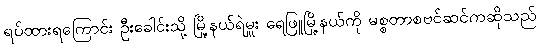
ရပ်ထားရကြောင်း ဦးခေါင်းသို့ မြို့နယ်ရဲမှူး ရေဖြူမြို့နယ်ကို မစ္စတာစဗင်ဆင်ကဆိုသည်